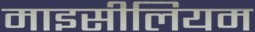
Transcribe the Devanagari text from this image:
माइसीलियम